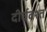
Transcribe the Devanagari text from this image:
दीर्घवश्त